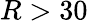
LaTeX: R>30